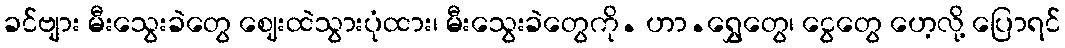
ခင်ဗျား မီးသွေးခဲတွေ ဈေးထဲသွားပုံထား၊ မီးသွေးခဲတွေကို. ဟာ.ရွှေတွေ၊ ငွေတွေ ဟေ့လို့ ပြောရင်